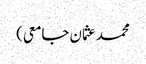
محمد عثمان جامعی)